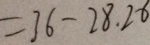
= 3 6 - 2 8 . 2 6